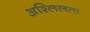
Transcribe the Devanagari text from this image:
अश्लिलता